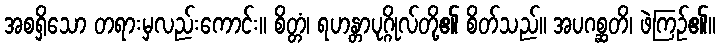
အစရှိသော တရားမှလည်းကောင်း။ စိတ္တံ၊ ရဟန္တာပုဂ္ဂိုလ်တို့၏ စိတ်သည်။ အပဂစ္ဆတိ၊ ဖဲကြဉ်၏။